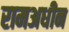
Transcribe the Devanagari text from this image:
रामअधीन